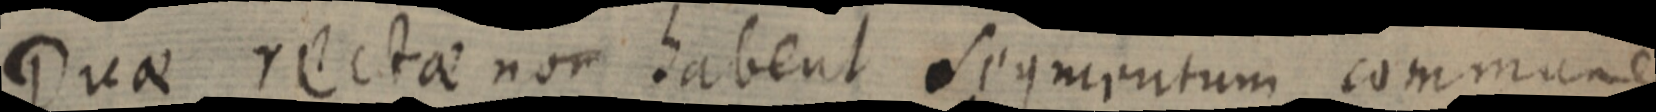
Duae rectae non habent segmentum commune